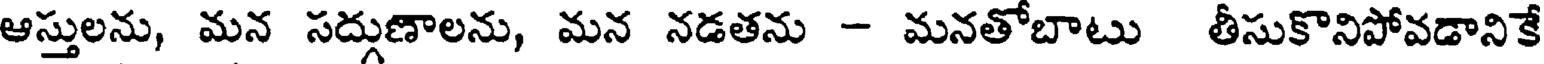
ఆస్తులను, మన సద్గుణాలను, మన నడతను - మనతోబాటు తీసుకొనిపోవడానికే